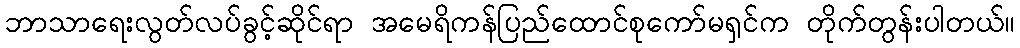
ဘာသာရေးလွတ်လပ်ခွင့်ဆိုင်ရာ အမေရိကန်ပြည်ထောင်စုကော်မရှင်က တိုက်တွန်းပါတယ်။